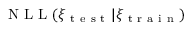
\mathrm { ~ N ~ L ~ L ~ } ( \xi _ { \mathrm { ~ t ~ e ~ s ~ t ~ } } | \xi _ { \mathrm { ~ t ~ r ~ a ~ i ~ n ~ } } )